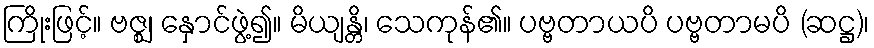
ကြိုးဖြင့်။ ဗဇ္ဈ၊ နှောင်ဖွဲ့၍။ မိယျန္တိ၊ သေကုန်၏။ ပဗ္ဗတာယပိ ပဗ္ဗတာမပိ (ဆဋ္ဌ)၊